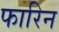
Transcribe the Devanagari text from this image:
फारिन